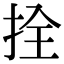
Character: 拴